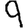
Digit: 9